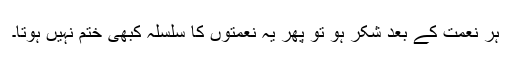
ہر نعمت کے بعد شکر ہو تو پھر یہ نعمتوں کا سلسلہ کبھی ختم نہیں ہوتا۔